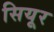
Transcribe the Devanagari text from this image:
सियूर